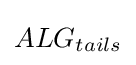
ALG_{tails}